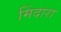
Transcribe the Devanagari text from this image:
मिंदारा